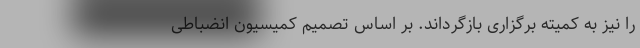
را نیز به کمیته برگزاری بازگرداند. بر اساس تصمیم کمیسیون انضباطی